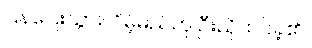
ပြန်ပြေးသွားလိမ့်မည်ဟု ဦးညိုထင်ခဲ့၏။